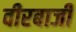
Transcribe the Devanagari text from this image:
वीरबाजी